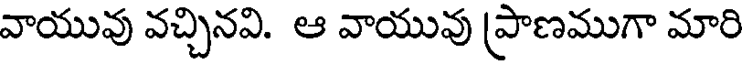
వాయువు వచ్చినవి. ఆ వాయువు (పాణముగా మారి